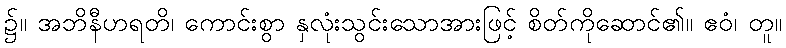
၌။ အဘိနီဟရတိ၊ ကောင်းစွာ နှလုံးသွင်းသောအားဖြင့် စိတ်ကိုဆောင်၏။ ဧဝံ၊ တူ။